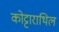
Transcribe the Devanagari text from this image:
कोट्टाराथिल